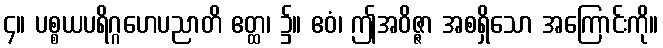
၄။ ပစ္စယပရိဂ္ဂဟေပညာတိ ဧတ္ထ၊ ၌။ ဧဝံ၊ ဤအဝိဇ္ဇာ အစရှိသော အကြောင်းကို။